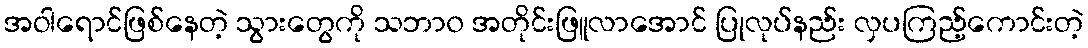
အဝါရောင်ဖြစ်နေတဲ့ သွားတွေကို သဘာ၀ အတိုင်းဖြူလာအောင် ပြုလုပ်နည်း လှပကြည့်ကောင်းတဲ့